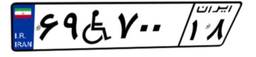
۷۱W۷۰۵۰۰